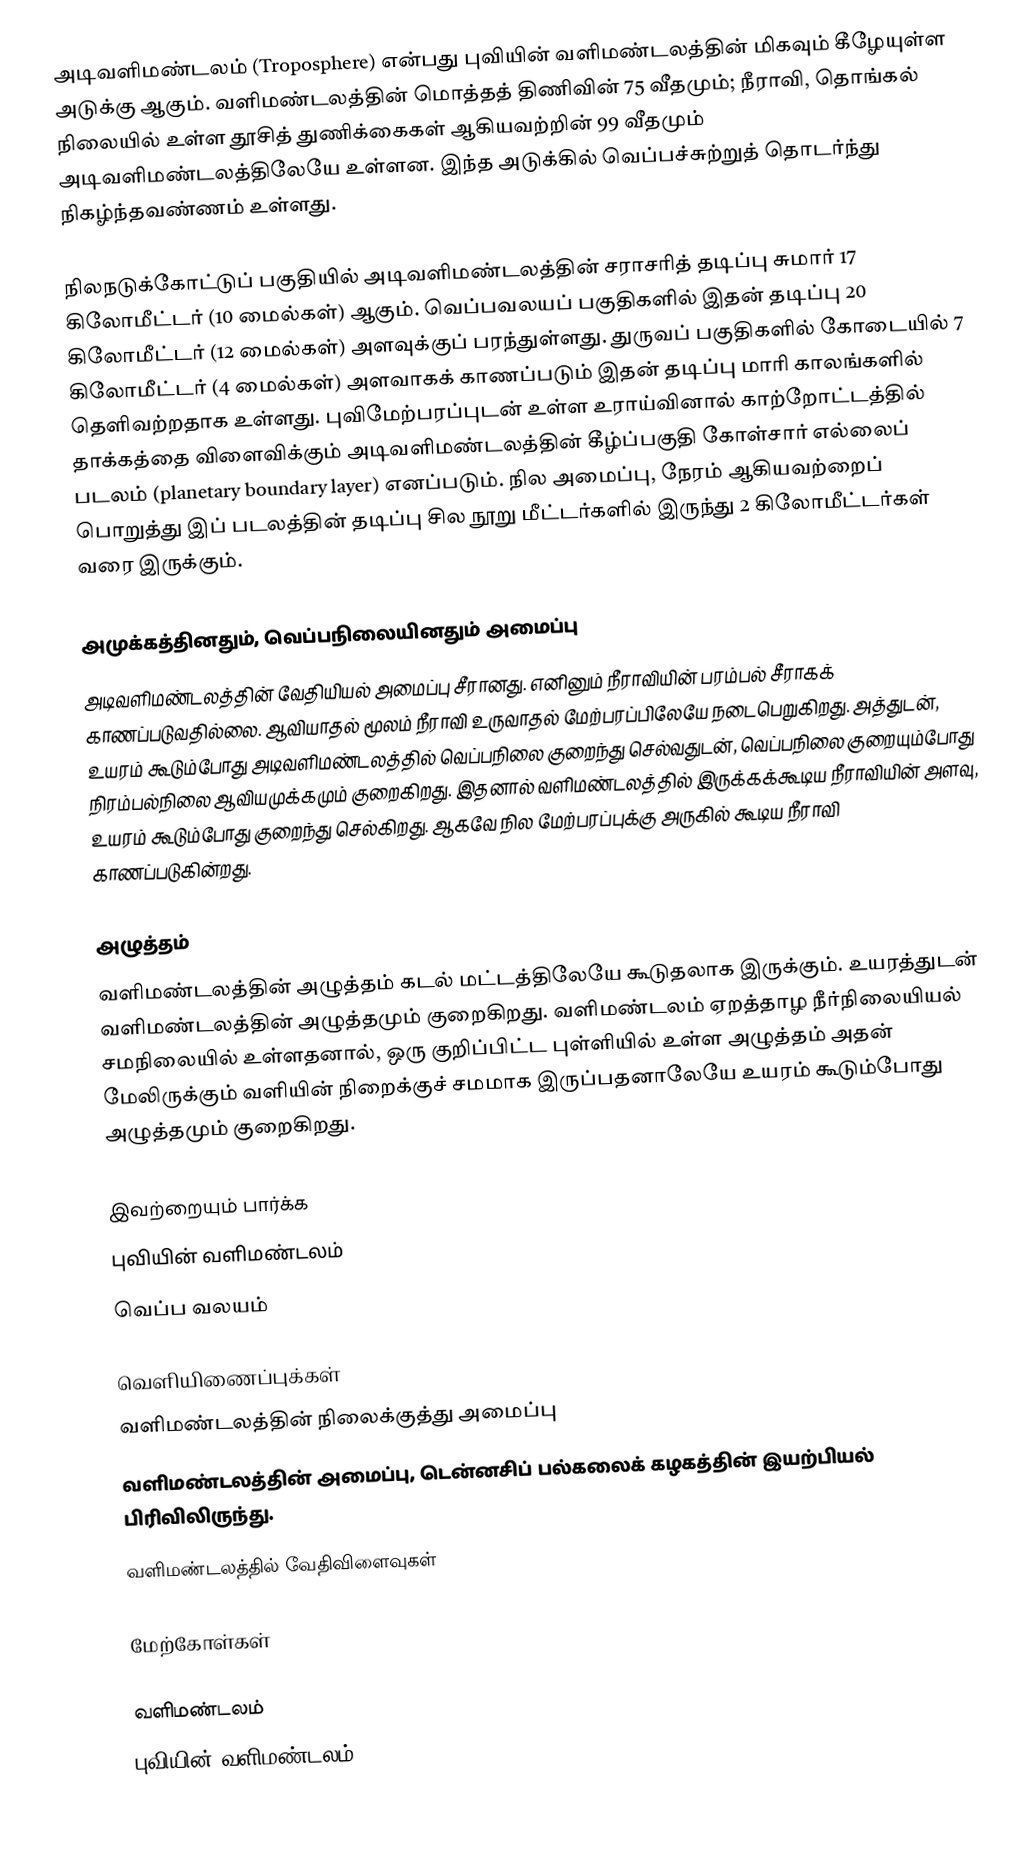
அடிவளிமண்டலம் (Troposphere) என்பது புவியின் வளிமண்டலத்தின் மிகவும் கீழேயுள்ள அடுக்கு ஆகும். வளிமண்டலத்தின் மொத்தத் திணிவின் 75 வீதமும்; நீராவி, தொங்கல் நிலையில் உள்ள தூசித் துணிக்கைகள் ஆகியவற்றின் 99 வீதமும் அடிவளிமண்டலத்திலேயே உள்ளன. இந்த அடுக்கில் வெப்பச்சுற்றுத் தொடர்ந்து நிகழ்ந்தவண்ணம் உள்ளது.

நிலநடுக்கோட்டுப் பகுதியில் அடிவளிமண்டலத்தின் சராசரித் தடிப்பு சுமார் 17 கிலோமீட்டர் (10 மைல்கள்) ஆகும். வெப்பவலயப் பகுதிகளில் இதன் தடிப்பு 20 கிலோமீட்டர் (12 மைல்கள்) அளவுக்குப் பரந்துள்ளது. துருவப் பகுதிகளில் கோடையில் 7 கிலோமீட்டர் (4 மைல்கள்) அளவாகக் காணப்படும் இதன் தடிப்பு மாரி காலங்களில் தெளிவற்றதாக உள்ளது. புவிமேற்பரப்புடன் உள்ள உராய்வினால் காற்றோட்டத்தில் தாக்கத்தை விளைவிக்கும் அடிவளிமண்டலத்தின் கீழ்ப்பகுதி கோள்சார் எல்லைப் படலம் (planetary boundary layer) எனப்படும். நில அமைப்பு, நேரம் ஆகியவற்றைப் பொறுத்து இப் படலத்தின் தடிப்பு சில நூறு மீட்டர்களில் இருந்து 2 கிலோமீட்டர்கள் வரை இருக்கும்.

அமுக்கத்தினதும், வெப்பநிலையினதும் அமைப்பு
அடிவளிமண்டலத்தின் வேதியியல் அமைப்பு சீரானது. எனினும் நீராவியின் பரம்பல் சீராகக் காணப்படுவதில்லை. ஆவியாதல் மூலம் நீராவி உருவாதல் மேற்பரப்பிலேயே நடைபெறுகிறது. அத்துடன், உயரம் கூடும்போது அடிவளிமண்டலத்தில் வெப்பநிலை குறைந்து செல்வதுடன், வெப்பநிலை குறையும்போது நிரம்பல்நிலை ஆவியமுக்கமும் குறைகிறது. இதனால் வளிமண்டலத்தில் இருக்கக்கூடிய நீராவியின் அளவு, உயரம் கூடும்போது குறைந்து செல்கிறது. ஆகவே நில மேற்பரப்புக்கு அருகில் கூடிய நீராவி காணப்படுகின்றது.

அழுத்தம்
வளிமண்டலத்தின் அழுத்தம் கடல் மட்டத்திலேயே கூடுதலாக இருக்கும். உயரத்துடன் வளிமண்டலத்தின் அழுத்தமும் குறைகிறது. வளிமண்டலம் ஏறத்தாழ நீர்நிலையியல் சமநிலையில் உள்ளதனால், ஒரு குறிப்பிட்ட புள்ளியில் உள்ள அழுத்தம் அதன் மேலிருக்கும் வளியின் நிறைக்குச் சமமாக இருப்பதனாலேயே உயரம் கூடும்போது அழுத்தமும் குறைகிறது.

இவற்றையும் பார்க்க
புவியின் வளிமண்டலம்
வெப்ப வலயம்

வெளியிணைப்புக்கள்
 வளிமண்டலத்தின் நிலைக்குத்து அமைப்பு
 வளிமண்டலத்தின் அமைப்பு, டென்னசிப் பல்கலைக் கழகத்தின் இயற்பியல் பிரிவிலிருந்து.
 வளிமண்டலத்தில் வேதிவிளைவுகள்

மேற்கோள்கள்

வளிமண்டலம்
புவியின் வளிமண்டலம்